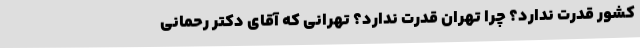
کشور قدرت ندارد؟ چرا تهران قدرت ندارد؟ تهرانی که آقای دکتر رحمانی